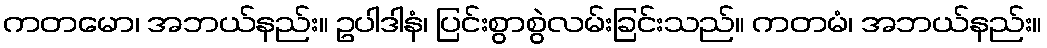
ကတမော၊ အဘယ်နည်း။ ဥပါဒါနံ၊ ပြင်းစွာစွဲလမ်းခြင်းသည်။ ကတမံ၊ အဘယ်နည်း။